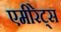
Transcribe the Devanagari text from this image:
एमीरेट्स